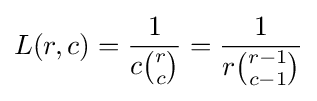
L(r,c)={\frac {1}{c{\binom {r}{c}}}}={\frac {1}{r{\binom {r-1}{c-1}}}}